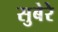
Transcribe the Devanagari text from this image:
सुबेरे